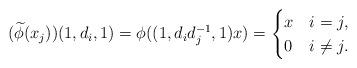
LaTeX: \begin{align*} (\widetilde{\phi}(x_j))(1,d_i,1)=\phi((1,d_id_j^{-1},1)x)=\begin{cases} x& i=j,\\ 0& i\neq j.\end{cases} \end{align*}